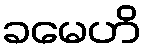
ခမေဟိ